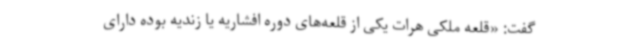
گفت: «قلعه ملکی هرات یکی از قلعه‌های دوره افشاریه یا زندیه بوده دارای